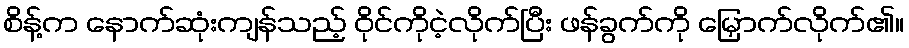
စိန့်က နောက်ဆုံးကျန်သည့် ဝိုင်ကိုငဲ့လိုက်ပြီး ဖန်ခွက်ကို မြှောက်လိုက်၏။